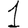
Digit: 1